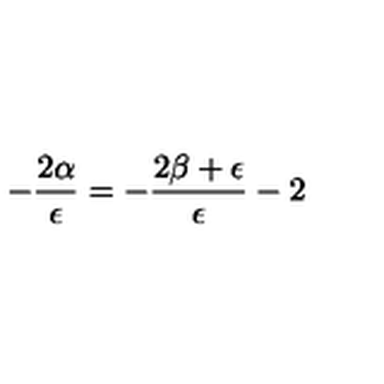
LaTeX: - \frac { 2 \alpha } { \epsilon } = - \frac { 2 \beta + \epsilon } { \epsilon } - 2